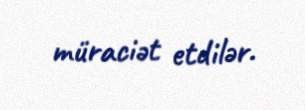
müraciət etdilər.